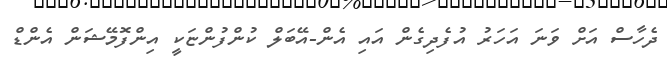
ދެހާސް އަށް ވަނަ އަހަރު އުފެދިގެން އައި އެން-އޭބަލް ކުންފުންޏަކީ އިންފޮމޭޝަން އެންޑް